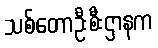
သစ်တောဦးစီးဌာနက